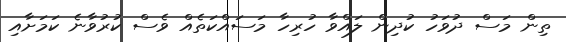
ތިން މަސް ދުވަހު ކުދިން ލައްވާ ހުރިހާ މަސައްކަތެއް ވެސް ކުރުވާނެ ކަމަށާއި